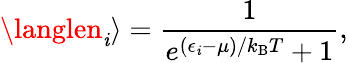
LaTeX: \langlen_{\mathit{i}}\rangle={\frac{{1}}{{e^{(\epsilon_{\mathit{i}}-\mu)/k_{\mathrm{{{B}}}}T}+1}}},